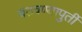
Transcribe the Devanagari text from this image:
वठवण्यापुर्ती